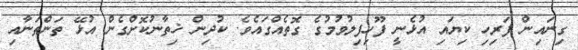
ގިނައިން ފަރިހި ކިޔައި އުޅެނީ ފޫހިފިލުވުމުގެ ގޮތެއްގައެވެ. ކުދިން ޚިތާނުކޮށްގެން އުޅޭ ތަންތަނާއި